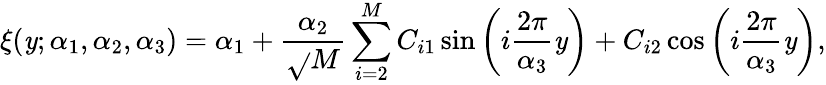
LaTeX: \xi(\mathit{y};\alpha_{1},\alpha_{2},\alpha_{3})=\alpha_{1}+\frac{{\alpha_{2}}}{{\sqrt{}{{M}}}}\sum_{i=2}^{M}C_{i1}\sin\left(i\frac{{2\pi}}{{\alpha_{3}}}\mathit{y}\right)+C_{i2}\cos\left(i\frac{{2\pi}}{{\alpha_{3}}}\mathit{y}\right),